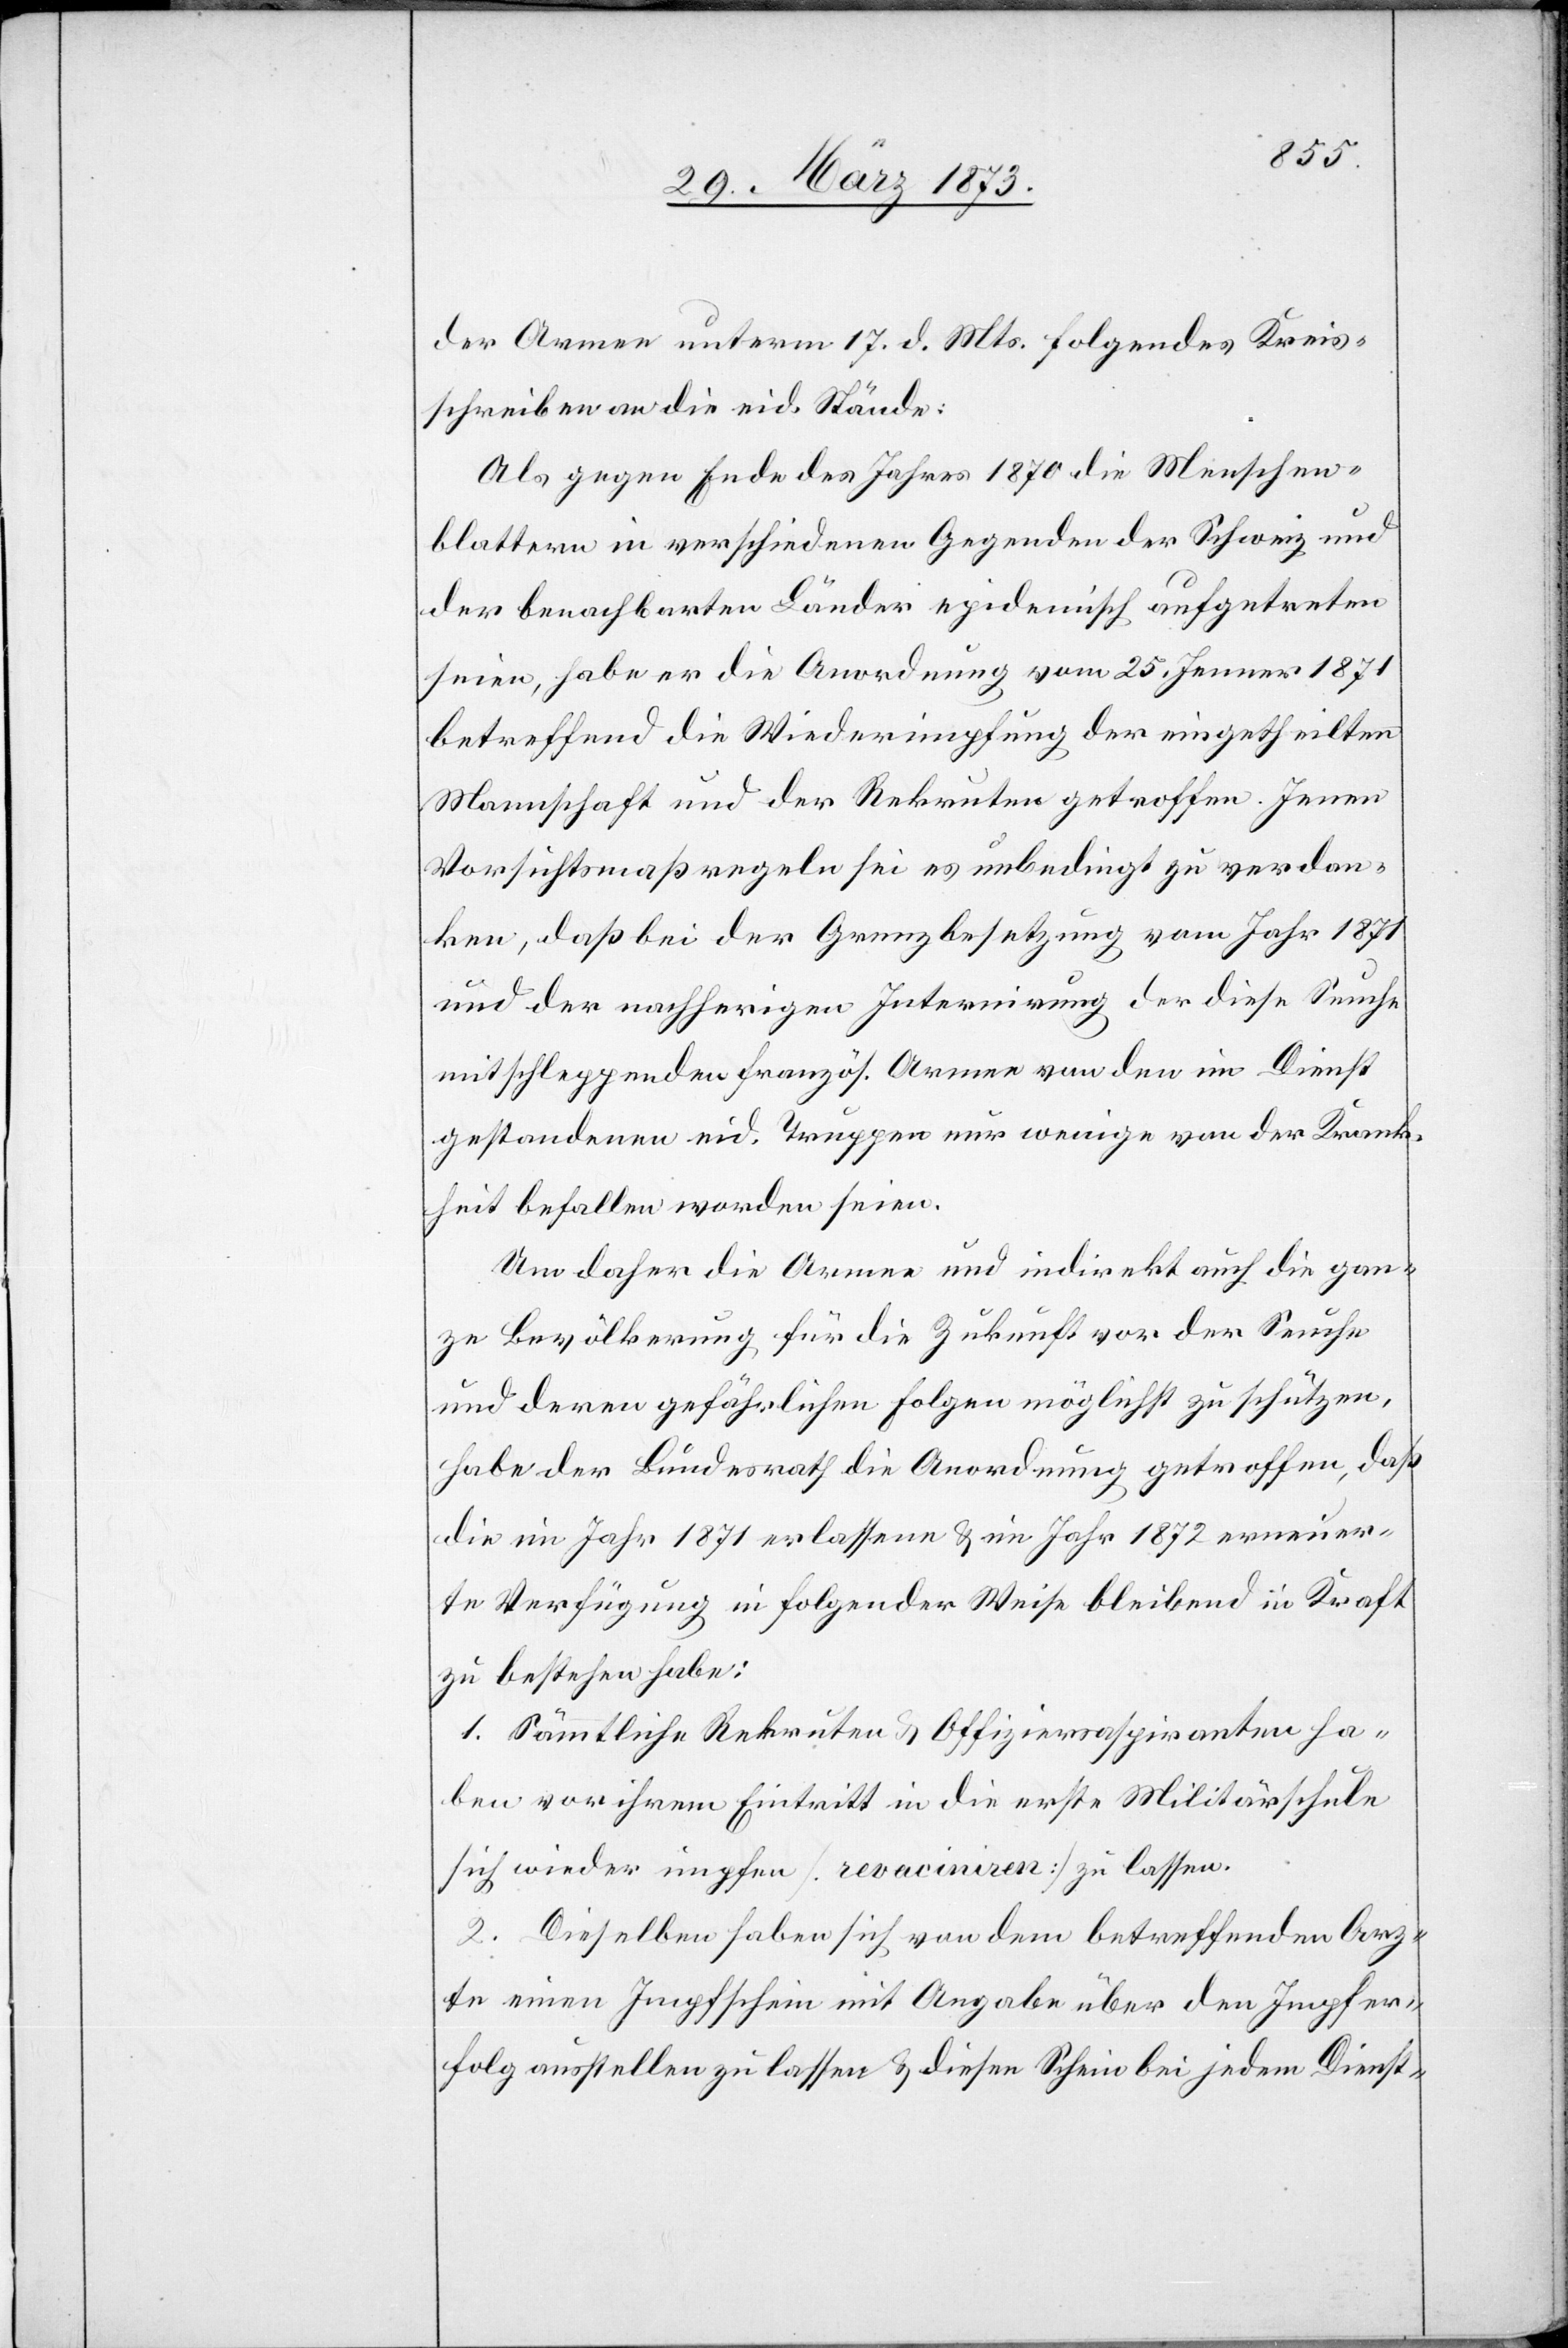
der Armee unterm 17. d. Mts. folgendes Kreis¬
schreiben an die eid. Stände:
Als gegen Ende des Jahres 1870 die Menschen¬
blattern in verschiedenen Gegenden der Schweiz und
der benachbarten Länder epidemisch aufgetreten
seien, habe er die Anordnung vom 25. Jenner 1871
betreffend die Wiederimpfung der eingetheilten
Mannschaft und der Rekruten getroffen. Jenen
Vorsichtsmaßregeln sei es unbedingt zu verdan¬
ken, daß bei der Grenzbesetzung vom Jahr 1871
und der nachherigen Internirung der diese Seuche
mitschleppenden französ. Armee von den im Dienst
gestandenen eid. Truppen nur wenige von der Krank¬
heit befallen worden seien.
Um daher die Armee und indirekt auch die gan¬
ze Bevölkerung für die Zukunft vor der Seuche
und deren gefährlichen Folgen möglichst zu schützen,
habe der Bundesrath die Anordnung getroffen, daß
die im Jahr 1871 erlassene u. im Jahr 1872 erneuer¬
te Verfügung in folgender Weise bleibend in Kraft
zu bestehen habe:
1. Sämmtliche Rekruten u. Offiziersaspiranten ha¬
ben vor ihrem Eintritt in die erste Militärschule
sich wieder impfen [revaciniren] zu lassen.
2. Dieselben haben sich von dem betreffenden Arz¬
te einen Impfschein mit Angabe über den Impfer¬
folg ausstellen zu lassen u. diesen Schein bei jedem Dienst-